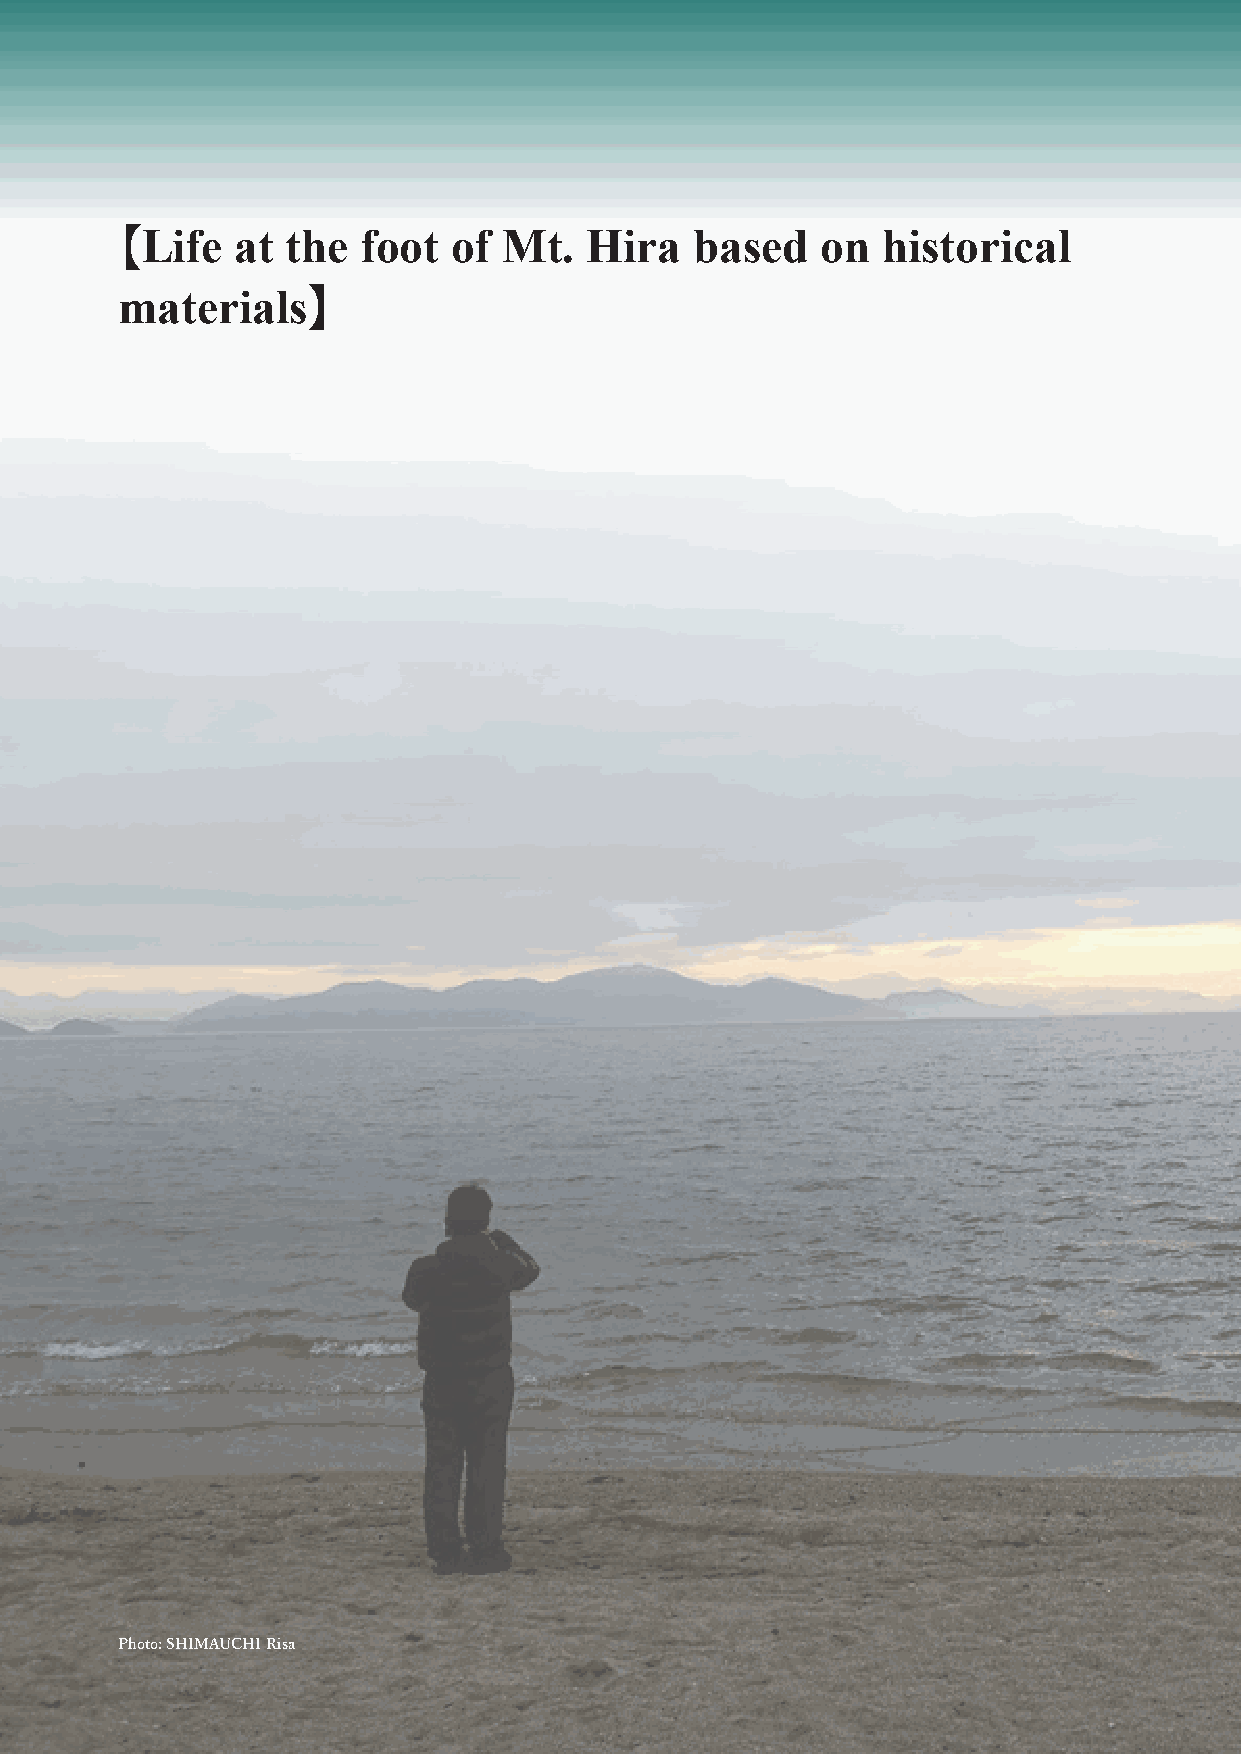
Life   at the  foot  of Mt.   Hira   based   on  historical
 【
 materials
 】
 Photo: SHIMAUCHI Risa
 英英語語版版��ーー��2200221100331100..iinndddd 1144--1155                                                                                                           22002211//0033//1155 66::4488